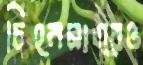
চিহ্নমাত্রও